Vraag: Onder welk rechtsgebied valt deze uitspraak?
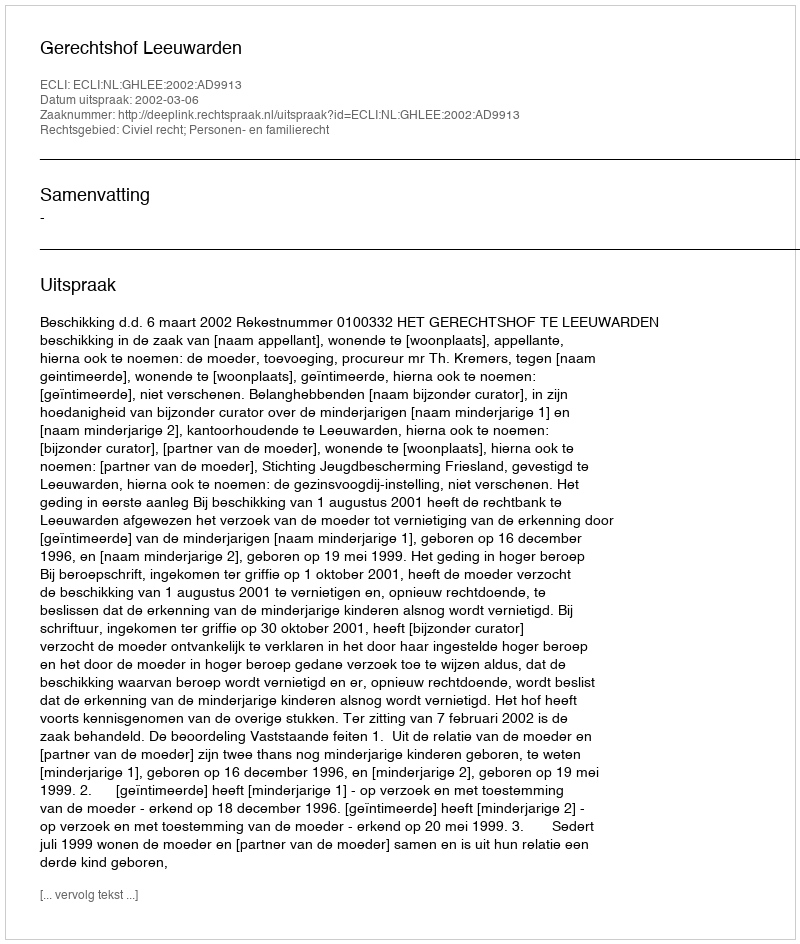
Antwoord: Civiel recht; Personen- en familierecht